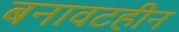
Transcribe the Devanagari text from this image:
बनावटहीन